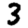
Digit: 3